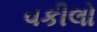
વકીલો